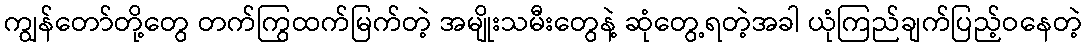
ကျွန်တော်တို့တွေ တက်ကြွထက်မြက်တဲ့ အမျိုးသမီးတွေနဲ့ ဆုံတွေ့ရတဲ့အခါ ယုံကြည်ချက်ပြည့်ဝနေတဲ့